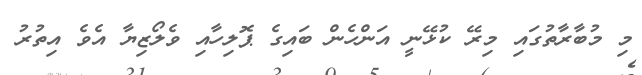
މި މުބާރާތުގައި މިރޭ ކުޅޭނީ އަންހެން ބައިގެ ޕޮލިހާއި ވެލޯޒިޔާ އެވެ އިތުރު